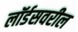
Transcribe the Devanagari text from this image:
लॉर्डसवरील